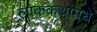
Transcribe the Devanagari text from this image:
लोककथांमधे